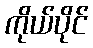
ကိုယ်ပိုင်